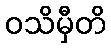
ဝသိမှီတိ